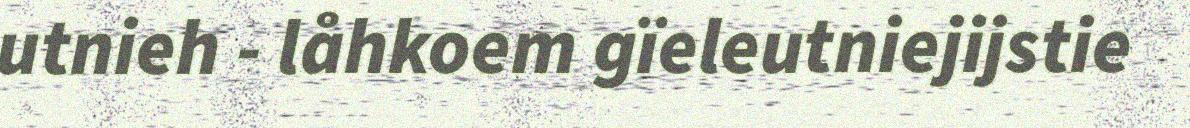
utnieh - låhkoem gïeleutniejijstie